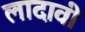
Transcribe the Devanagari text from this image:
लादावी